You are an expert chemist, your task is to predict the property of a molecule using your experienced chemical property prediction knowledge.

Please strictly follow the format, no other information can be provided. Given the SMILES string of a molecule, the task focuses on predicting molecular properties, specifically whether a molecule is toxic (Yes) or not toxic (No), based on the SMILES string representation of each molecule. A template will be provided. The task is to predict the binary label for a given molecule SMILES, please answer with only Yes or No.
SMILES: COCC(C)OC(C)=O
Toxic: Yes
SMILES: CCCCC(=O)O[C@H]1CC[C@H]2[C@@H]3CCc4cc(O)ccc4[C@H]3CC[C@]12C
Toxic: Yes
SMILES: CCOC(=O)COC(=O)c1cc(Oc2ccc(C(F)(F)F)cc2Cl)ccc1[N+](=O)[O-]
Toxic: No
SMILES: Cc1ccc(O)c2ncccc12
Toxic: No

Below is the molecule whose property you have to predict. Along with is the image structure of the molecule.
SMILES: O=C1NC(=O)c2cc([N+](=O)[O-])ccc21
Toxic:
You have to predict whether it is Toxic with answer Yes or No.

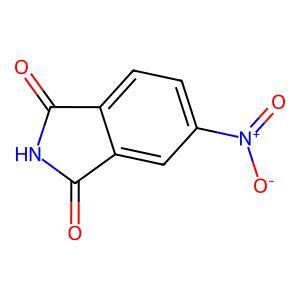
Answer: No